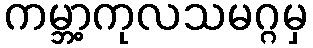
ကမ္ဘာ့ကုလသမဂ္ဂမှ